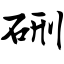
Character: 硎